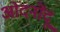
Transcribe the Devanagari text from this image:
ओंदनोंदू